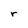
Character: r